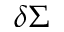
\delta \Sigma